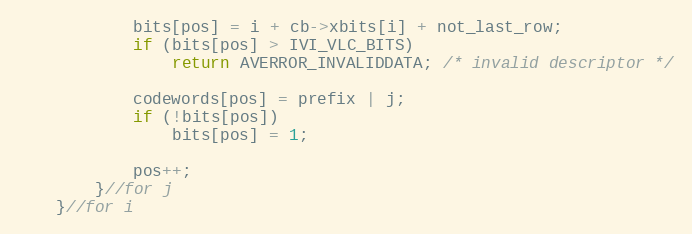
Language: C
            bits[pos] = i + cb->xbits[i] + not_last_row;
            if (bits[pos] > IVI_VLC_BITS)
                return AVERROR_INVALIDDATA; /* invalid descriptor */

            codewords[pos] = prefix | j;
            if (!bits[pos])
                bits[pos] = 1;

            pos++;
        }//for j
    }//for i